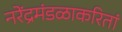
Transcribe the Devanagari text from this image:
नरेंद्रमंडळाकरितां